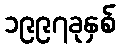
၁၉၉၇ခုနှစ်